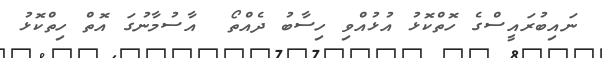
ނައިބުރައީސްގެ ހޮތްކޮޅު އުޅުއްވި ހިސާބު ދެއްތޯ  އާސުމާނުގަ އޮތް ހިތްކޮޅު